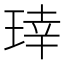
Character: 𬍬